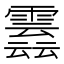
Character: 𩅣